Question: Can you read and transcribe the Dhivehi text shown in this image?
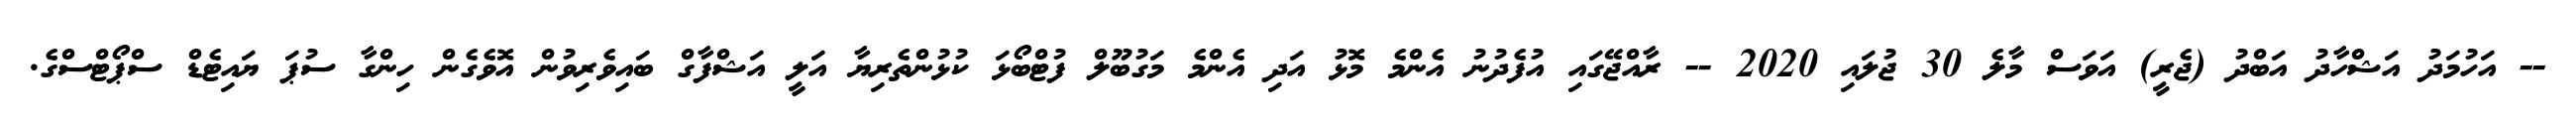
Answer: -- އަހުމަދު އަޝްހާދު އަބްދު (ޖެރީ) އަވަސް މާލެ 30 ޖުލައި 2020 -- ރާއްޖޭގައި އުފެދުނު އެންމެ މޮޅު އަދި އެންމެ މަގުބޫލް ފުޓްބޯޅަ ކުޅުންތެރިޔާ އަލީ އަޝްފާގް ބައިވެރިވުން އޮވެގެން ހިންގާ ސުޕަ ޔައިޓެޑް ސްޕޯޓްސްގެ.